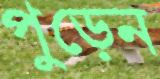
পুড়েন